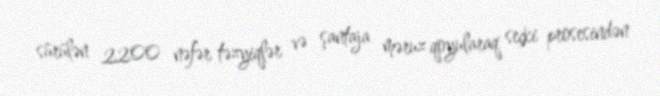
sürülən 2200 nəfər təzyiqlər və şantaja məruz qoyularaq seçki prosesindən